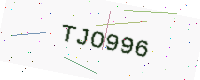
Text: TJO996